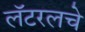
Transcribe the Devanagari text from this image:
लॅटरलचे